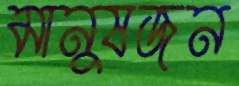
মানুষজন